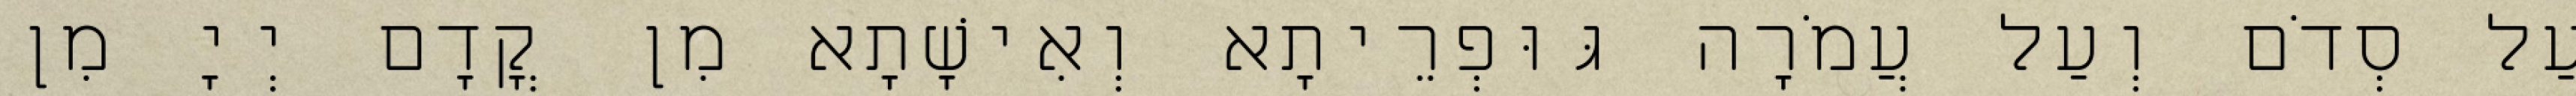
עַל סְדֹם וְעַל עֲמֹרָה גּוּפְרֵיתָא וְאִישָׁתָא מִן קֳדָם יְיָ מִן